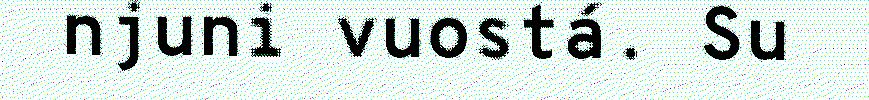
njuni vuostá. Su